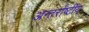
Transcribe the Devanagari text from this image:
अन्तर्राष्टींय